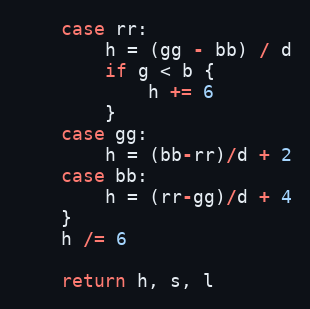
Language: Go
	case rr:
		h = (gg - bb) / d
		if g < b {
			h += 6
		}
	case gg:
		h = (bb-rr)/d + 2
	case bb:
		h = (rr-gg)/d + 4
	}
	h /= 6

	return h, s, l